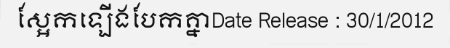
ស្អែកឡើងបែកគ្នាDate Release : 30/1/2012